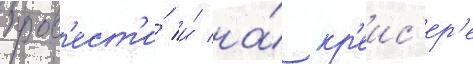
пров'ест'и́ и́ на́ кр'еис'ер'е